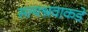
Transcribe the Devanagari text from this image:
सत्यश्रवाकडे